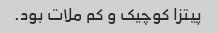
پیتزا کوچیک و کم ملات بود.